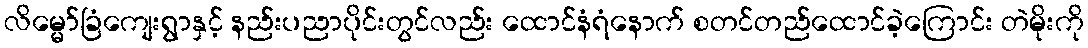
လိမ္မော်ခြံကျေးရွာနှင့် နည်းပညာပိုင်းတွင်လည်း ထောင်နံရံနောက် စတင်တည်ထောင်ခဲ့ကြောင်း တဲမိုးကို